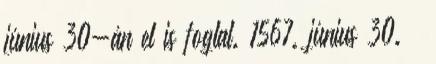
június 30-án el is foglal. 1567. június 30. –